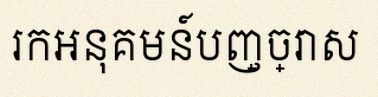
រកអនុគមន៍បញ្ច្រាស